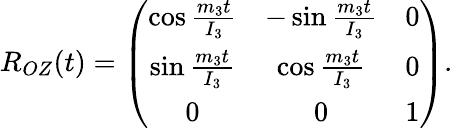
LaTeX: \begin{array}{r}{R_{OZ}(t)=\left(\begin{array}{ccc}{\cos\frac{m_{3}t}{I_{3}}}&{-\sin\frac{m_{3}t}{I_{3}}}&{0}\\ {\sin\frac{m_{3}t}{I_{3}}}&{\cos\frac{m_{3}t}{I_{3}}}&{0}\\ {0}&{0}&{1}\end{array}\right).}\end{array}